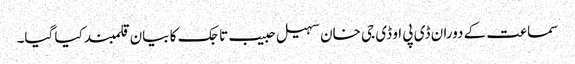
سماعت کے دوران ڈی پی او ڈی جی خان سہیل حبیب تاجک کا بیان قلمبند کیا گیا۔